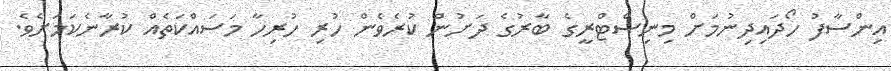
އިންސާފު ހޯދައިދިނުމަށް މިނިސްޓްރީގެ ބާރުގެ ދަށުން ކުރެވެން ހުރި ހުރިހާ މަސައްކަތެއް ކުރާނެކަމަށެވެ.